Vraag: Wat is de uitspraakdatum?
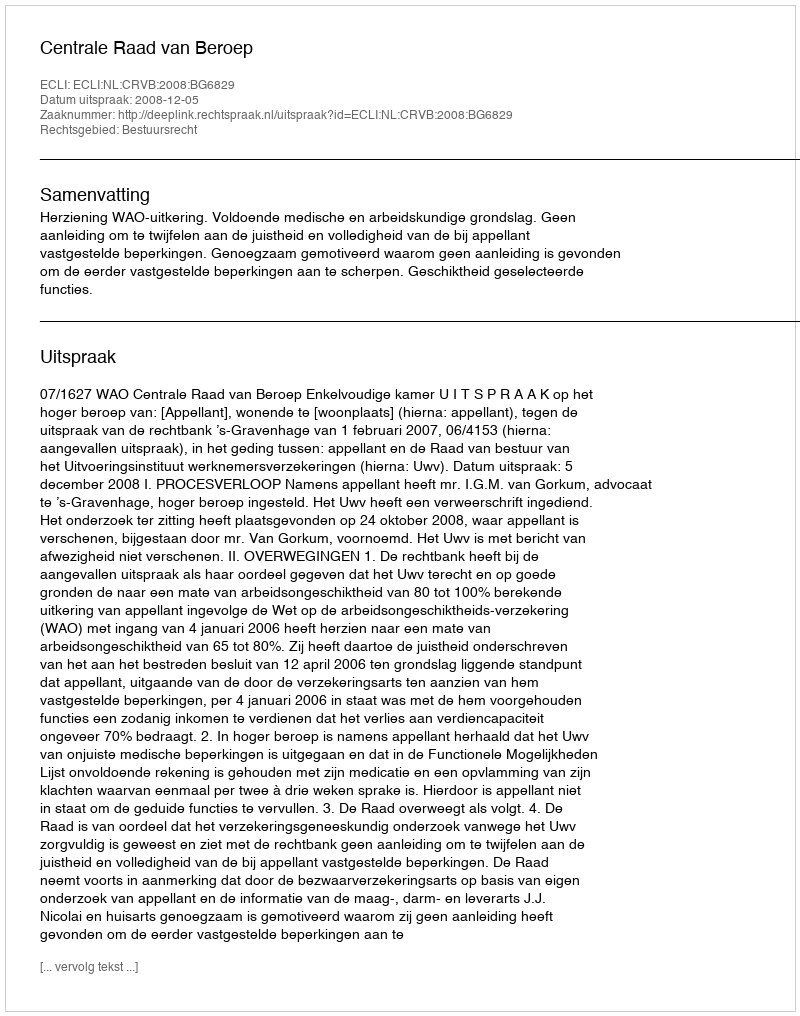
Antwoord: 2008-12-05